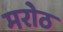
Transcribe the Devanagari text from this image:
मरोठ